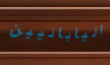
اليابانيين